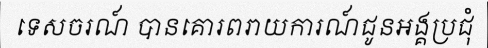
ទេសចរណ៍ បានគោរពរាយការណ៍ជូនអង្គប្រជុំ